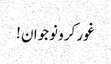
غور کرو نوجوان !